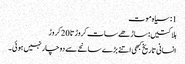
1: سیاہ موت
ہلاکتیں: ساڑھے سات کروڑ تا 20 کروڑ
انسانی تاریخ کبھی اتنے بڑے سانحے سے دوچار نہیں ہوئی۔